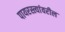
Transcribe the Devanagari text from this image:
पायरस्त्यांवरील